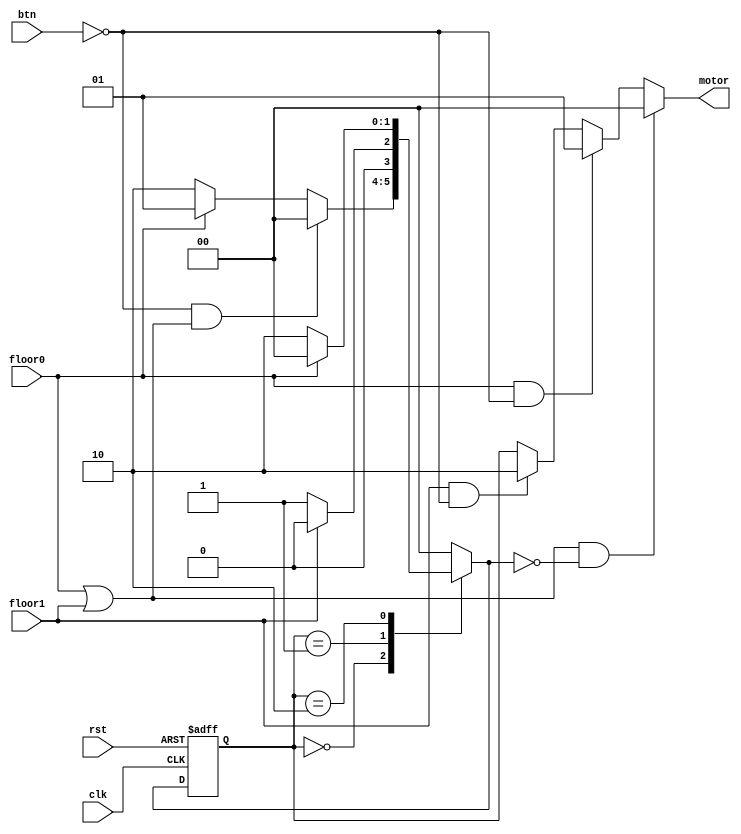
module elevator (clk, rst, btn, floor0, floor1, motor);

   input clk, rst;
   input btn; // when 1: the platform changes position
   input floor0; // when 1: the platform is at floor 0
   input floor1; // when 1: the platform is at floor 1
   output [1:0] motor;
   
   reg [1:0] cState, nState;
   reg [1:0] motor;
   
   localparam PARAM_IDLE = 2'b00;
   localparam PARAM_MOVING_UP = 2'b01;
   localparam PARAM_MOVING_DOWN = 2'b10;

   
   //       
   always @(posedge clk or negedge rst) begin
      if (~rst)
	cState <= PARAM_IDLE;
      /*
      else if ((nState == PARAM_IDLE) & (~floor0 & ~floor1))
	cState <= PARAM_MOVING_DOWN;
      */
      else
	cState <= nState;
   end

   //   (case)     
   always @(*) begin
      case (cState)
	PARAM_IDLE:
	  nState = (~btn & (floor0 | floor1)) ? PARAM_IDLE : (floor0) ? PARAM_MOVING_UP : PARAM_MOVING_DOWN;

	PARAM_MOVING_UP:
	  nState = (~floor1) ? PARAM_MOVING_UP : PARAM_IDLE;

	PARAM_MOVING_DOWN:
	  nState = (~floor0) ? PARAM_MOVING_DOWN : PARAM_IDLE;

	default: nState = PARAM_IDLE;
      endcase
   end

   always @(*) begin
      if ((floor0 | floor1) & (nState == PARAM_IDLE))
	motor = 2'b00; // IDLE
      else if (floor0 & ~btn)
	motor = 2'b01; // MOVING_UP
      else if (floor1 & ~btn)
	motor = 2'b10; // MOVING_DOWN
      else
	motor = cState;
   end
 
endmodule